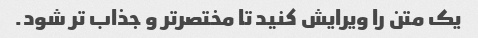
یک متن را ویرایش کنید تا مختصرتر و جذاب تر شود.